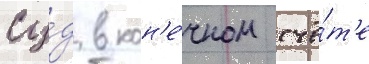
Су́д в кон'е́чном счё́т'е